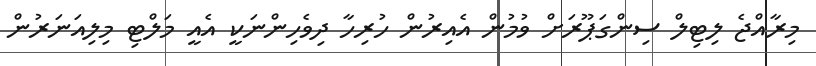
މިރާއްޖެ ލިޓިލް ސިންގަޕޫރަށް ވުމުން އެއިރުން ހުރިހާ ދިވެހިންނަކީ އެއީ މަލްޓި މިލިއަނަރުން